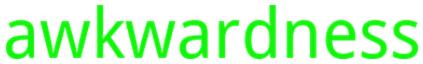
awkwardness